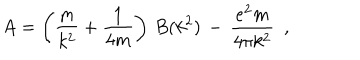
LaTeX: A = \left( \frac { m } { k ^ { 2 } } + \frac { 1 } { 4 m } \right) \, B ( k ^ { 2 } ) \, - \, \frac { e ^ { 2 } m } { 4 \pi k ^ { 2 } } \, \, \, , \,